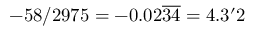
- 5 8 / 2 9 7 5 = - 0 . 0 2 { \overline { { 3 4 } } } = 4 . 3 { \mathrm { ' } } 2